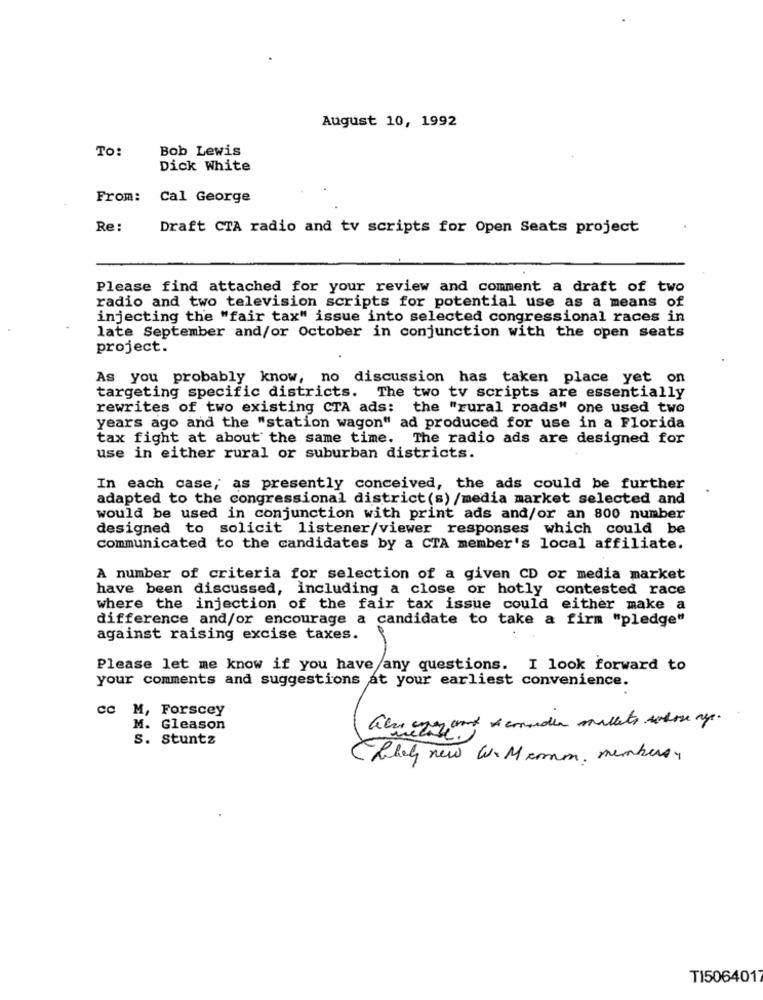
August 10, 1992
To:
Bob Lewis
Dick White
From: Cal George
Re:
Draft CTA radio and tv scripts for Open Seats project
Please find attached for your review and comment a draft of two
radio and two television scripts for potential use as a means of
injecting the "fair tax" issue into selected congressional races in
late September and/or October in conjunction with the open seats
project.
As you probably know, no discussion has taken place yet on
targeting specific districts. The two tv scripts are essentially
rewrites of two existing CTA ads: the "rural roads" one used two
years ago and the "station wagon" ad produced for use in a Florida
tax fight at about the same time. The radio ads are designed for
use in either rural or suburban districts.
In each case, as presently conceived, the ads could be further
adapted to the congressional district(s) /media market selected and
would be used in conjunction with print ads and/or an 800 number
designed to solicit listener/viewer responses which could be
communicated to the candidates by a CTA member's local affiliate.
A number of criteria for selection of a given CD or media market
have been discussed, including a close or hotly contested race
where the injection of the fair tax issue could either make a
difference and/or encourage a candidate to take a firm "pledge"
against raising excise taxes.
Please let me know if you have any questions. I look forward to
your comments and suggestions at your earliest convenience.
Cc M, Forscey
M. Gleason
alvaezay ant demander millets whose age.
S. Stuntz
Likely new W. Mamm. members,
TI5064017